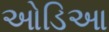
ઓડિઆ